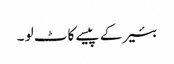
بئیر کے پیسے کاٹ لو ۔